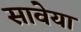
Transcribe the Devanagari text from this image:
सावेया